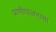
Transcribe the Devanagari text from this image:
प्राणीपालनाचा